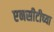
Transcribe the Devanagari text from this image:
एनसीटीच्या